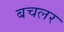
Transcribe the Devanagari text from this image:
बचलर